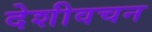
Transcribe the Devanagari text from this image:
देशीवचन